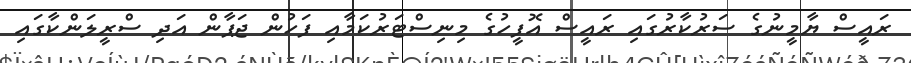
ރައީސް ޔާމީނުގެ ސަރުކާރުގައި ރައީސް އޮފީހުގެ މިނިސްޓަރުކަމާއި ފަހުން ޖަޕާން އަދި ސްރީލަންކާގައި